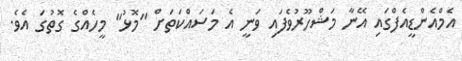
އެމްއެންޑީއެފްގައި އޭނާ މަޝްހޫރުވެފައި ވަނީ އެ މަސައްކަތަށް "މޮޅު" މީހެއްގެ ގޮތުގަ އެވެ.